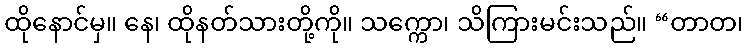
ထိုနောင်မှ။ နေ၊ ထိုနတ်သားတို့ကို။ သက္ကော၊ သိကြားမင်းသည်။ “တာတ၊